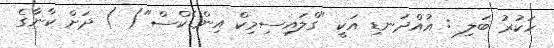
ހަކުރު ބަލި : އުއްދަނޑި އަކީ "ގްލައިސިމިކް އިންޑެކްސް"( ) ދަށް ކާނާގެ